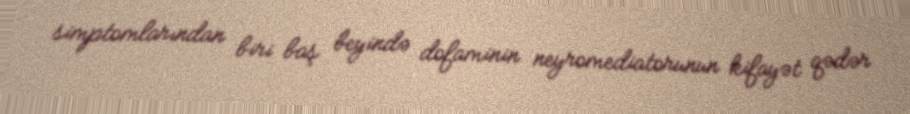
simptomlarından biri baş beyində dofaminin neyromediatorunun kifayət qədər